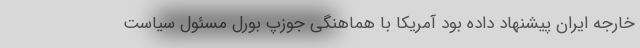
خارجه ایران پیشنهاد داده بود آمریکا با هماهنگی جوزپ بورل مسئول سیاست